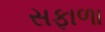
સફાળા